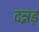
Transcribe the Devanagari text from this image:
दन्नड़